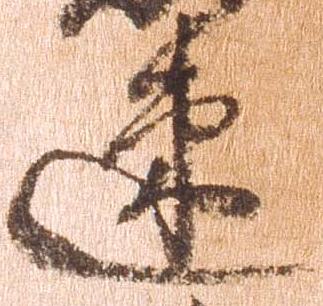
速